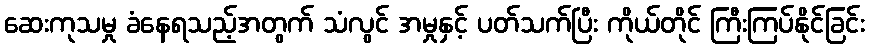
ဆေးကုသမှု ခံနေရသည့်အတွက် သံလွင် အမှုနှင့် ပတ်သက်ပြီး ကိုယ်တိုင် ကြီးကြပ်နိုင်ခြင်း